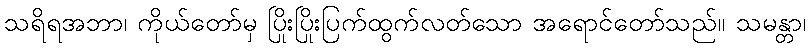
သရိရအဘာ၊ ကိုယ်တော်မှ ပြိုးပြိုးပြက်ထွက်လတ်သော အရောင်တော်သည်။ သမန္တာ၊